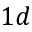
1 d